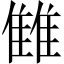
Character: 雔